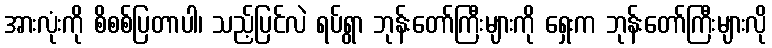
အားလုံးကို စိစစ်ပြတာပါ၊ သည့်ပြင်လဲ ရပ်ရွာ ဘုန်းတော်ကြီးများကို ရှေးက ဘုန်းတော်ကြီးများလို